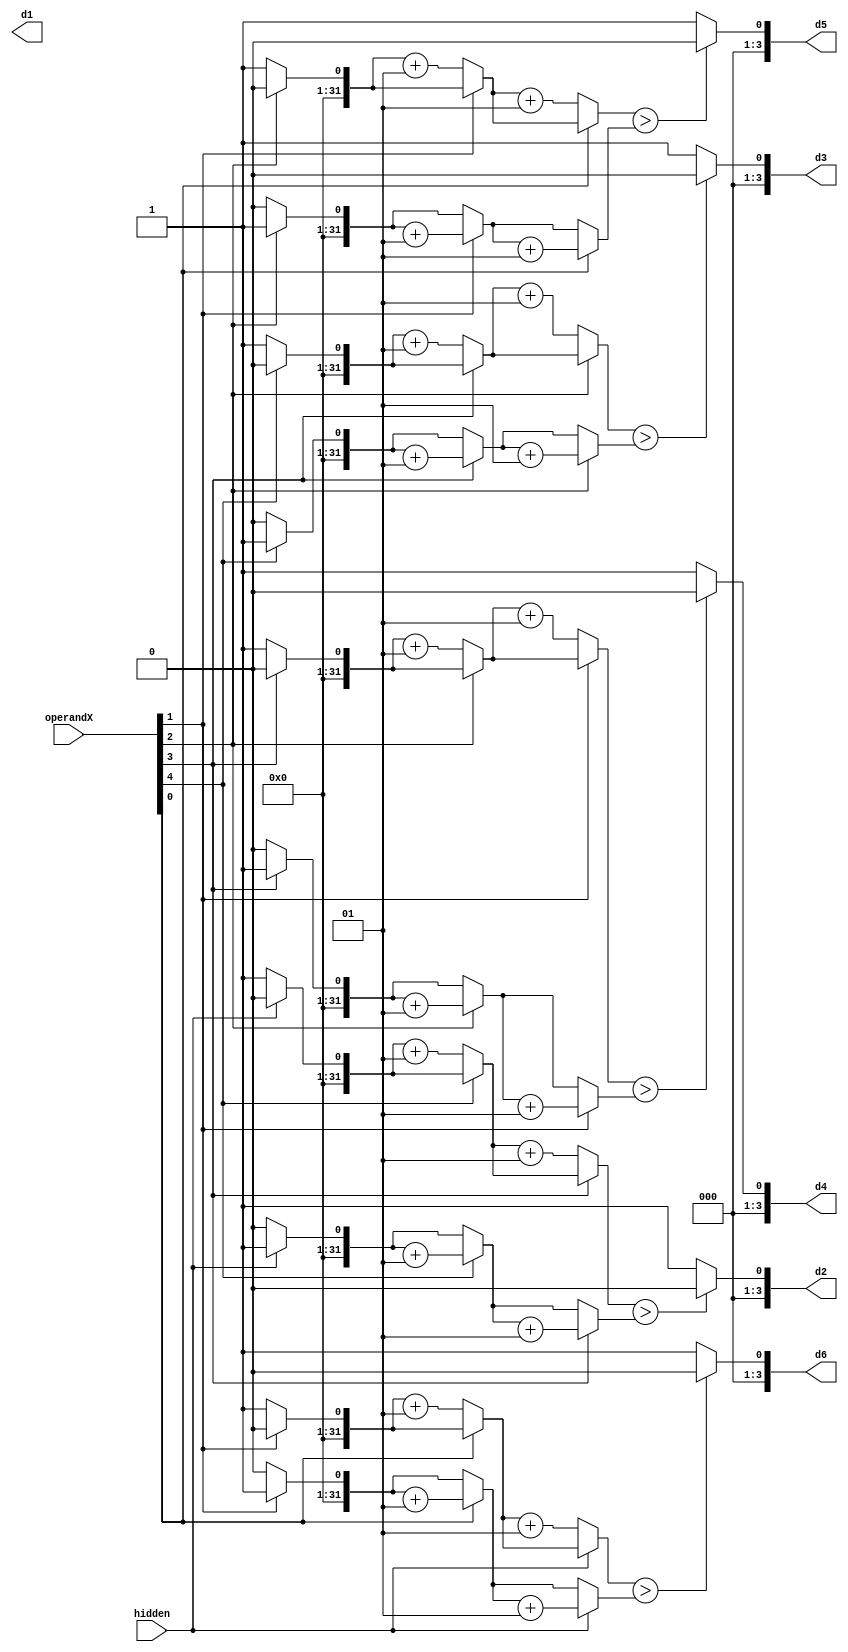
`timescale 1ns / 1ps
//////////////////////////////////////////////////////////////////////////////////
// Company: 
// Engineer: 
// 
// Design Name: 
// Module Name:    Operation6 
// Project Name: 
// Target Devices: 
// Tool versions: 
// Description: 
//
// Dependencies: 
//
// Revision: 
// Revision 0.01 - File Created
// Additional Comments: 
//
//////////////////////////////////////////////////////////////////////////////////
module Operation6(
	 input hidden,
    input [4:0] operandX,
    output [3:0] d1,
    output reg [3:0] d2,
    output reg [3:0] d3,
    output reg [3:0] d4,
    output reg [3:0] d5,
    output reg [3:0] d6
    );
	 
	 reg [6:0] temp;
	 integer one = 0;
	 integer zero = 0;
	 integer i;
	 integer j;
	 reg	 [4:0] result;
	 
	 always @ (*)
	 begin
	 	 temp = {hidden, operandX[4:0], hidden};
		 for (i = 6; i > 1; i = i-1)
		 begin
			for (j = i; j > i-3; j = j-1)
			begin
				if (temp[j] == 1'b0)
				begin
					zero = zero + 1;
				end
				if (temp[j] == 1'b1)
				begin
					one = one + 1;
				end
			end
			result[i-2] = (zero > one) ? 	1'b0 : 1'b1;
			zero = 0;
			one = 0;
		 end
		 
		 d2 = result[4];
		 d3 = result[3];
		 d4 = result[2];
		 d5 = result[1];
		 d6 = result[0];
	end

endmodule